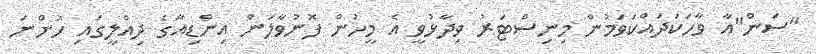
"ސަން"އާ ވާހަކަދައްކަވަމުން މިނިސްޓަރު ވިދާޅުވީ އެ މީހުން ފޮނުވާލަން އިންޑިއާގެ ދިއްލީގައި ހުންނަ